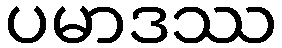
ပမာဒဿ